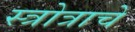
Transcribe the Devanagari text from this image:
स्त्रोत्राचे